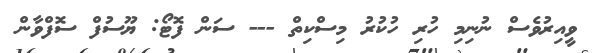
ވީއިރުވެސް ނުނިމި ހުރި ހުކުރު މިސްކިތް --- ސަން ފޮޓޯ: ޔޫސުފް ސޮފްވާން